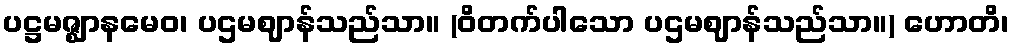
ပဋ္ဌမဇ္ဈာနမေဝ၊ ပဌမဈာန်သည်သာ။ (ဝိတက်ပါသော ပဌမဈာန်သည်သာ။) ဟောတိ၊